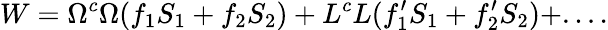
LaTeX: W=\Omega^{c}\Omega(f_{1}S_{1}+f_{2}S_{2})+{L}^{c}L(f_{1}^{\prime}S_{1}+f_{2}^{\prime}S_{2})+....